Report on the administration of the Government Cinchona Department 1892-98
Year: 1892
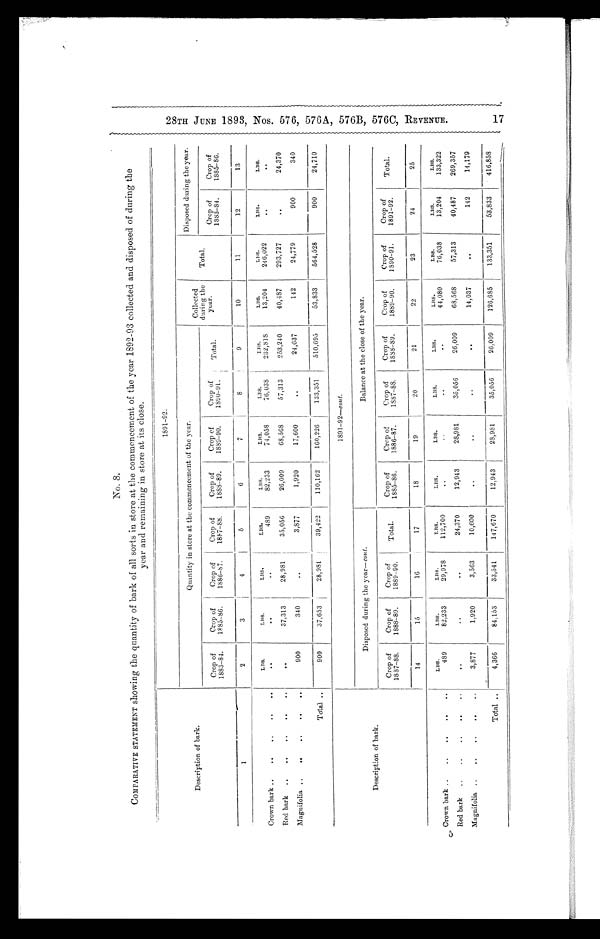
1891–92.
Description of bark.
Quantity in store at the commencement of the year.
Collected
during the
year.
Disposed during the year.
Crop of
1883–84.
Crop of
1885–86.
Crop of
1886–87.
Crop of
1887–88.
Crop of
1888–89.
Crop of
1889–90.
Crop of
1890–91
Total.
Total.
Crop of
1883–84.
Crop of
1885–86.
1
2
3
4
5
6
7
8
9
10
11
12
13
LBS.
LBS.
LBS
LBS.
LBS.
LBS.
LBS.
LBS.
LBS.
LBS.
LBS.
LBS.
Crown bark . . .
. . .
. . .
. . .
489
82,233
74,058
76,038
232,818
13,204
246,022
. . .
. . .
Red bark . . .
. . .
37,313
28,981
35,056
26,009
68,568
57,313
253,240
40,487
293,727
. . .
24,370
M a g n i f o l i a . . .
900
340
. . .
3,877
1,920
17,600
. . .
24,637
142
24,779
900
340
Total . . .
900
37,653
28,981
39,422
110,162
160,226
133,351
510,695
53,833
564,528
900
24,710
Description of bark.
1891–92-cont .
Disposed during the year– cont.
Balance at the close of the year.
Crop of
1887–88.
Crop of
1888–89.
Crop of
1889–90.
Total.
Crop of
1885–86.
Crop of
1886–87.
Crop of
1887–88.
Crop of
1888–89.
Crop of
1889–90.
Crop of
1890–91.
Crop of
1891–92.
Total.
14
15
16
17
18
19
20
21
22
23
2 4
25
LBS.
LBS.
LBS.
LBS.
LBS.
LBS.
LBS.
LBS.
LBS.
LBS.
LBS.
LBS.
Crown bark . . .
489
82,233
29,978
112,700
. . . . . .
. . .
. . .
44,080
76,038
13,204
133,322
Red bark . . .
. . .
. . .
. . .
24,370
12,943
28,981
35,056
26,009
68,568
57,313
40,487
269,357
Magnifolia . . .
3,877
1,920
3,563
10,600
. . .
. . .
. . .
. . .
14,037
. . .
142
14,179
Total . . .
4,366
84,153
33,541
147,670
12,943
28,981
35,056
26,009
126,685
133,351
53,833
416,858
5
2 8 T H J U N E 1 8 9 3 , N o s . 5 7 6 , 5 7 6 A , 5 7 6 B , 5 7 6 C , R E V E N U E . 1 7
No. 8.
COMPARATIVE STATEMENT showing the quantity of bark of all sorts in store at the commencement of the year 1892-93 collected and disposed of during the
year and remaining in store at its close.